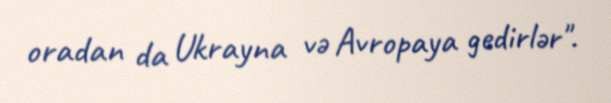
oradan da Ukrayna və Avropaya gedirlər".